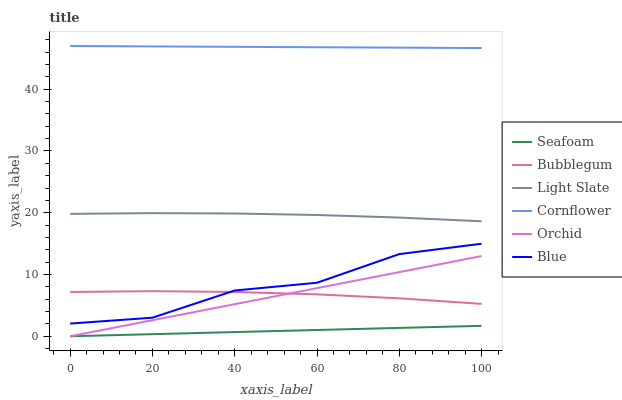
| xaxis_label | Seafoam | Bubblegum | Light Slate | Cornflower | Orchid | Blue |
 | --- | --- | --- | --- | --- | --- | --- |
 | 0 | 0 | 7.17 | 19.8 | 47 | 0 | 2.05 |
 | 20 | 0.338 | 7.3 | 19.9 | 46.9 | 2.6 | 3.01 |
 | 40 | 0.676 | 7.17 | 19.9 | 46.9 | 5.19 | 7.41 |
 | 60 | 1.01 | 6.79 | 19.6 | 46.8 | 7.79 | 8.66 |
 | 80 | 1.35 | 6.14 | 19.2 | 46.7 | 10.4 | 13.3 |
 | 100 | 1.69 | 5.24 | 18.6 | 46.7 | 13 | 15 |